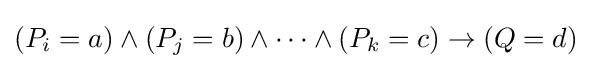
(P_{i}=a)\land (P_{j}=b)\land \dots \land (P_{k}=c)\to (Q=d)